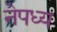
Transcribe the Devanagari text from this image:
नेपध्य